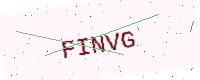
Text: FINVG